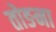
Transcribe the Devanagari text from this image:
तोङना